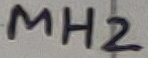
Text: MH2